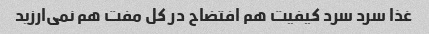
غذا سرد سرد کیفیت هم افتضاح در کل مفت هم نمی‌ارزید